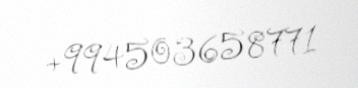
+994503658771